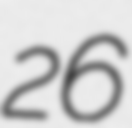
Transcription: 26